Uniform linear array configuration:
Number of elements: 4
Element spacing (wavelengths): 0.75
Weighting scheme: cosine
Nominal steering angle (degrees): -45
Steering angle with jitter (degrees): -45.951
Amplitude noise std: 0.05
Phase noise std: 0.05

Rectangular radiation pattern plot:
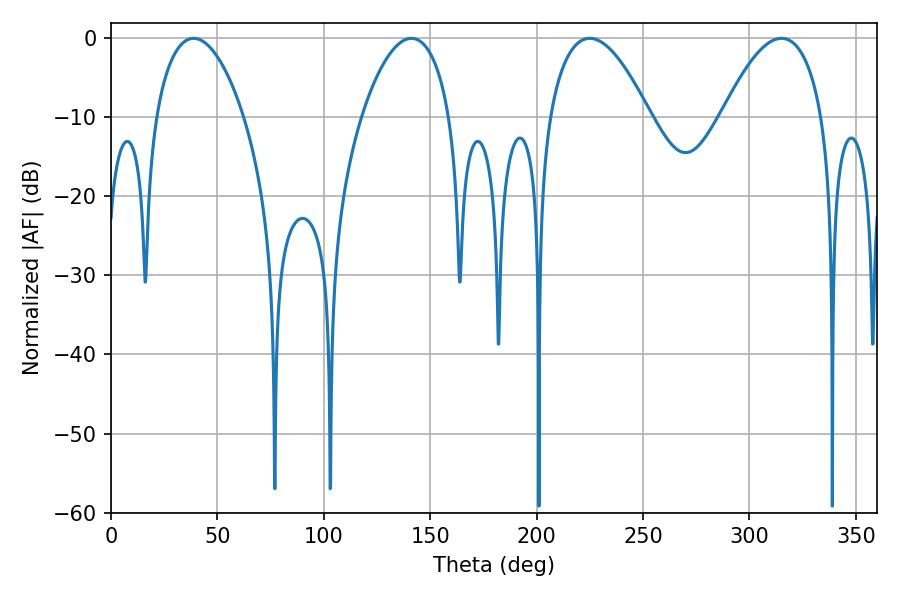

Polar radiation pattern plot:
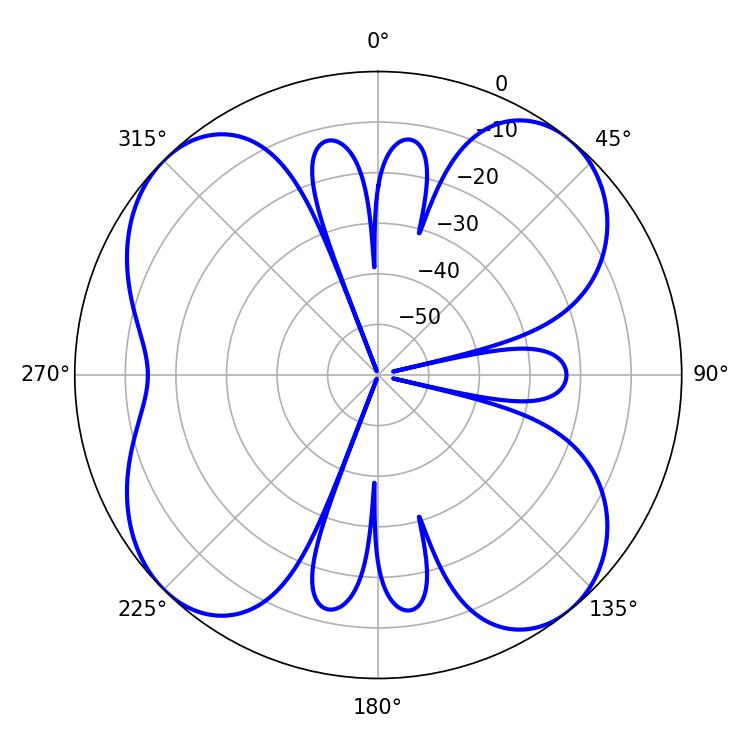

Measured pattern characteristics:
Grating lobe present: TRUE
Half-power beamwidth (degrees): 26.1
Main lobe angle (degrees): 225